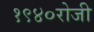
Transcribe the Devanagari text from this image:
१९४०रोजी